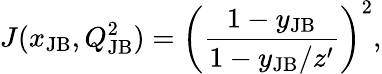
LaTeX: J(x_{\mathrm{JB}},Q_{\mathrm{JB}}^{2})=\left(\frac{1-y_{\mathrm{JB}}}{1-y_{\mathrm{JB}}/z^{\prime}}\right)^{2},